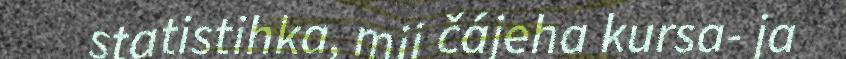
statistihka, mii čájeha kursa- ja